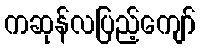
ကဆုန်လပြည့်ကျော်